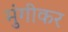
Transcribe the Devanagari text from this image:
मुंगीकर